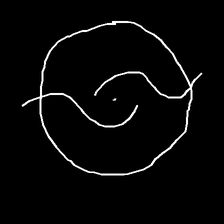
Glyph: repetition